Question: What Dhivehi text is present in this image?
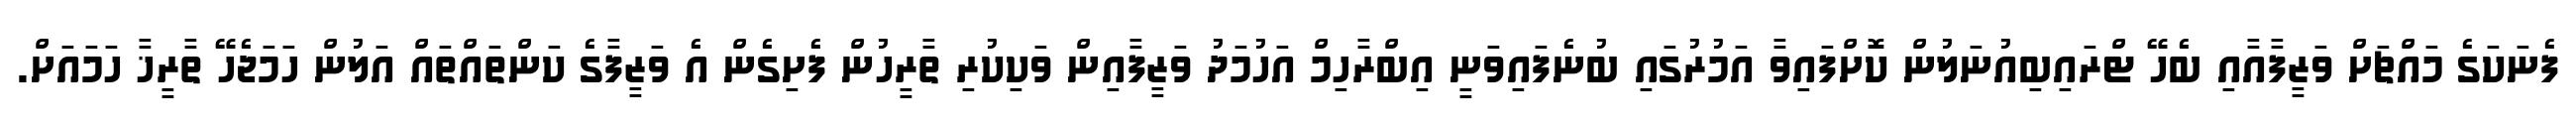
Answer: ފެނަކަގެ މައްޗަށް ވަޒީފާއާއި ބެހޭ ޓްރައިބިއުނަލުން ކޮށްފައިވާ އަމުރުގައި ބުނެފައިވަނީ އިބްރާހިމް އަހުމަދު ވަޒީފާއިން ވަކިކުރި ތާރީހުން ފެށިގެން އެ ވަޒީފާގެ ކަންތައްތައް އަލުން ހަމަޖެހޭ ތާރީޚާ ހަމައަށް.